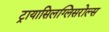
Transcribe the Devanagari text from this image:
ट्रायासिलग्लिसरोल्स